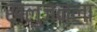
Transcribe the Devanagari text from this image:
खलुजनला